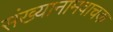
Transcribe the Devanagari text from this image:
संख्यानामवाचक